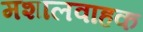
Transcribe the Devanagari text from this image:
मशालवाहक